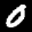
Label: 0